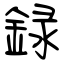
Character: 録